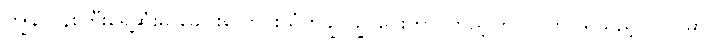
ကျွန်တန်းကြီးရှေ့ဆုံးမှ ခေါင်းလောင်းသံတချွင်ချွင်ပေးကာ ကြည့်ကြပ်လိုက်ပါရသည့်ပုဂ္ဂိုလ်မှာ